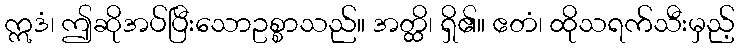
ဣဒံ၊ ဤဆိုအပ်ပြီးသောဥစ္စာသည်။ အတ္ထိ၊ ရှိ၏။ ဧတံ၊ ထိုသရက်သီးမှည့်